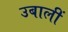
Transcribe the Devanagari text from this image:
उबालीं